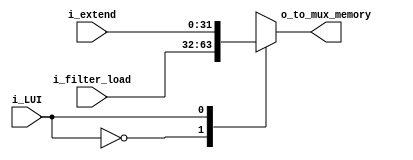
`timescale 1ns / 1ps

module Mux_LUI
    #(
        parameter NBITS = 32
    )
    (
        input   wire                          i_LUI,
        input   wire     [NBITS-1      :0]    i_extend,
        input   wire     [NBITS-1      :0]    i_filter_load,
        output  wire     [NBITS-1      :0]    o_to_mux_memory                 
    );
    
    reg [NBITS-1  :0]   to_mux_memory ;

    
    always @(*)
    begin
        case(i_LUI)
            1'b0:   to_mux_memory   <=  i_filter_load; // entrada proveniente del filtro load   
            1'b1:   to_mux_memory   <=  i_extend;   // entrada proveniente del extensor de signo
        endcase
    end
    

    assign  o_to_mux_memory   =   to_mux_memory ; //salida hacia mux_memory


endmodule